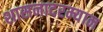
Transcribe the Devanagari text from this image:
शासनादरम्यान